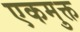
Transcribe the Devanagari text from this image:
एकमुक्त